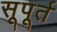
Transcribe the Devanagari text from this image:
सूपूर्त